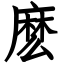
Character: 麽